Eesti_Ajutine_Maanoukogu, lk 5
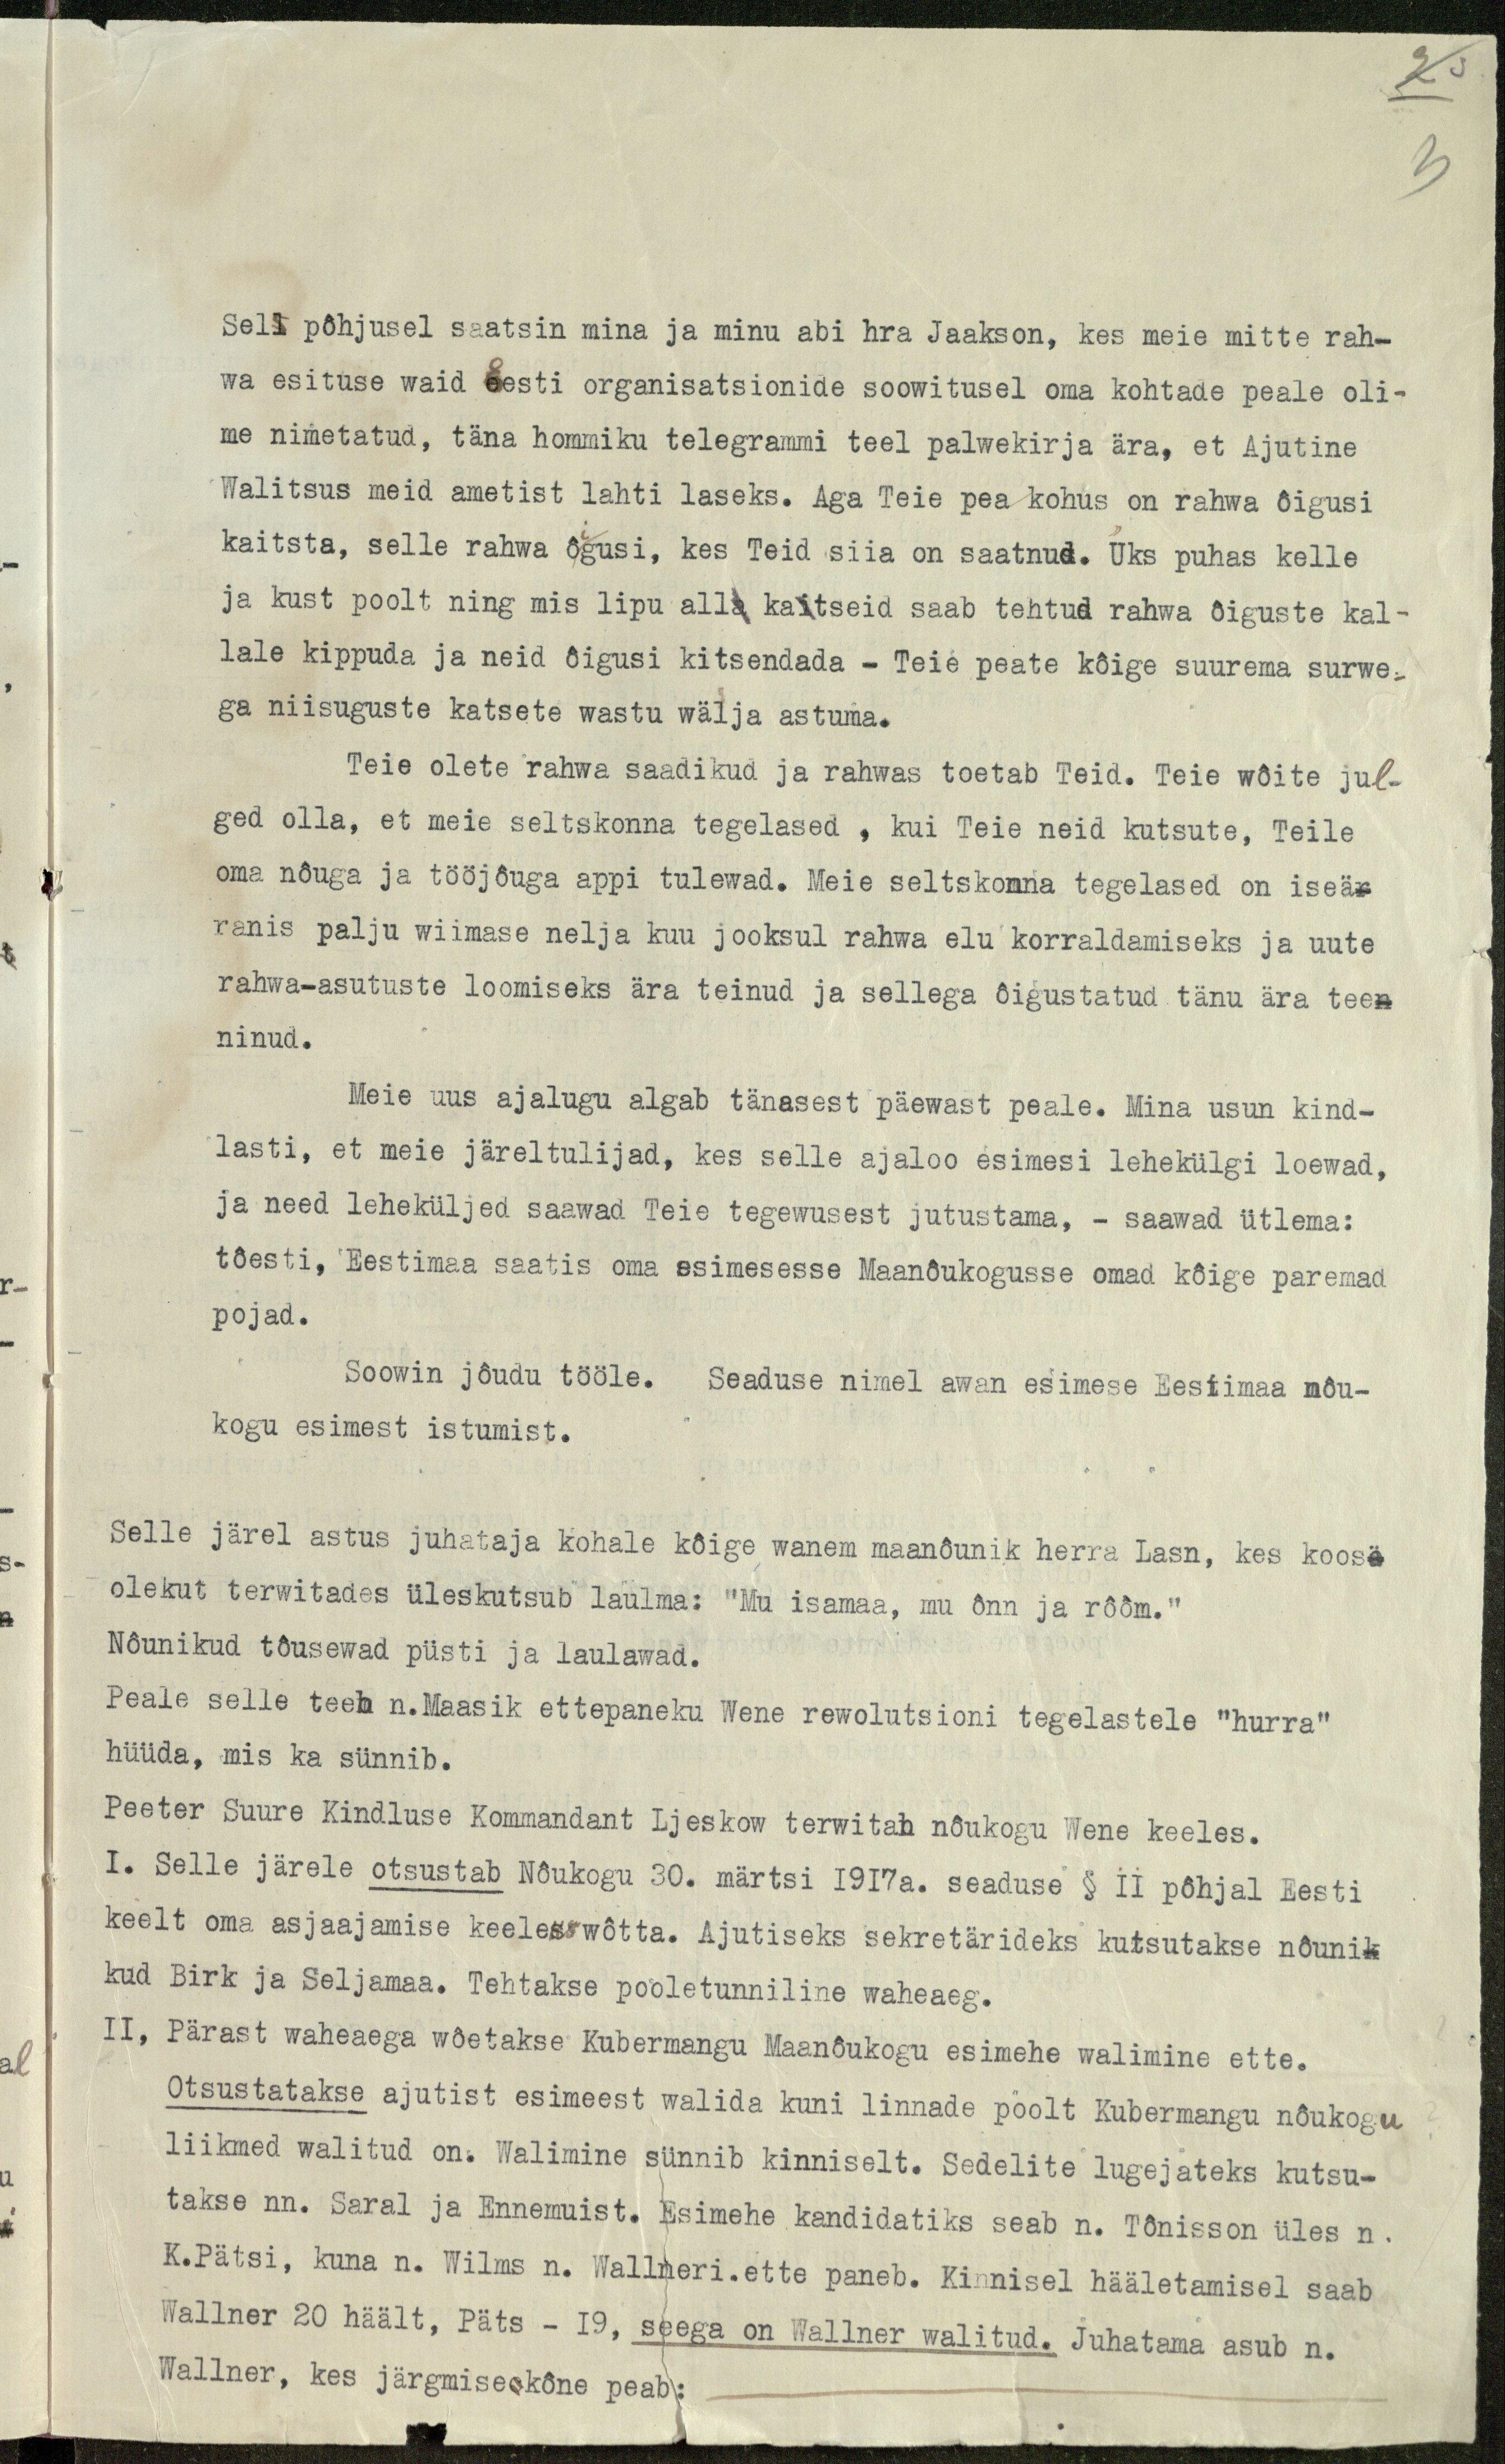
Sell põhjusel saatsin mina ja minu abi hra Jaakson, kes meie mitte rah-
wa esituse waid Eesti organisatsionide soowitusel oma kohtade peale oli-
me nimetatud, täna hommiku telegrammi teel palwekirja ära, et Ajutine
Walitsus meid ametist lahti laseks. Aga Teie pea kohus on rahwa õigusi
kaitsta, selle rahwa õigusi, kes Teid siia on saatnud. Üks puhas kelle
ja kust poolt ning mis lipu alla kaitseid saab tehtud rahwa õiguste kal-
lale kippuda ja neid õigusi kitsendada - Teie peate kõige suurema surwe-
ga niisuguste katsete wastu wälja astuma.
Teie olete rahwa saadikud ja rahwas toetab Teid. Teie wõite jul-
ged olla, et meie seltskonna tegelased, kui Teie neid kutsute, Teile
oma nõuga ja tööjõuga appi tulewad. Meie seltskonna tegelased on iseä-
ranis palju wiimase nelja kuu jooksul rahwa elu korraldamiseks ja uute
rahwa-asutuste loomiseks ära teinud ja sellega õigustatud tänu ära tee-
ninud.
Meie uus ajalugu algab tänasest päewast peale. Mina usun kind-
lasti, et meie järeltulijad, kes selle ajaloo esimesi lehekülgi loewad,
ja need leheküljed saawad Teie tegewusest jutustama, - saawad ütlema:
tõesti, Eestimaa saatis oma esimesesse Maanõukogusse omad kõige paremad
pojad.
Soowin jõudu tööle. Seaduse nimel awan esimese Eestimaa nõu-
kogu esimest istumist.
Selle järel astus juhataja kohale kõige wanem maanõunik herra Lasn, kes koos-
olekut terwitades üleskutsub laulma: "Mu isamaa, mu õnn ja rõõm."
Nõunikud tõusewad püsti ja laulawad.
Peale selle teeb n. Maasik ettepaneku Wene rewolutsioni tegelastele "hurra"
hüüda, mis ka sünnib.
Peeter Suure Kindluse Kommandant Ljeskow terwitab nõukogu Wene keeles.
I. Selle järele otsustab Nõukogu 30. märtsi 1917 a. seaduse § 11 põhjal Eesti
keelt oma asjaajamise keeleks wõtta. Ajutiseks sekretärideks kutsutakse nõuni-
kud Birk ja Seljamaa. Tehtakse pooletunniline waheaeg.
II, Pärast waheaega wõetakse Kubermangu Maanõukogu esimehe walimine ette.
Otsustatakse ajutist esimeest walida kuni linnade poolt Kubermangu nõukogu
liikmed walitud on. Walimine sünnib kinniselt. Sedelite lugejateks kutsu-
takse nn. Saral ja Ennemuist. Esimehe kandidatiks seab n. Tõnisson üles n.
K. Pätsi, kuna n. Wilms n. Wallneri. ette paneb. Kinnisel hääletamisel saab
Wallner 20 häält, Päts - 19, seega on Wallner walitud. Juhatama asub n.
Wallner, kes järgmise kõne peab: